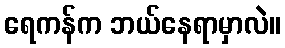
ရေကန်က ဘယ်နေရာမှာလဲ။